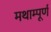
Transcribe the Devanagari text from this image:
मथाम्पूर्ण